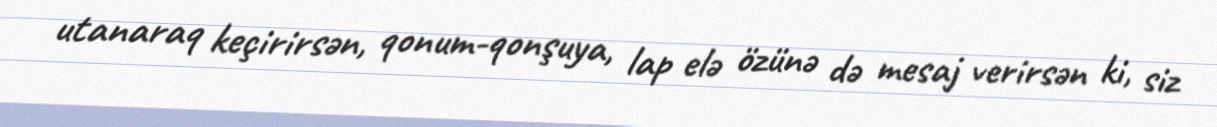
utanaraq keçirirsən, qonum-qonşuya, lap elə özünə də mesaj verirsən ki, siz